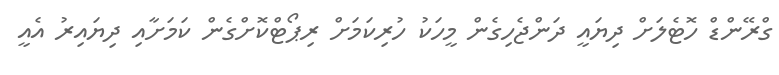
ގްރޭންޑް ހޮޓެލަށް ދިޔައީ ދަންޖެހިގެން މީހަކު ހުރިކަމަށް ރިޕޯޓްކޮށްގެން ކަމަށާއި ދިޔައިރު އެއީ